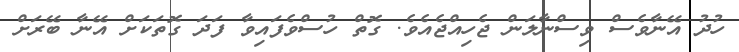
ހުދު އޭނާވެސް ވިސްނާލަން ޖެހިއްޖެއެވެ. ގޮތް ހުސްވެފައިވާ ފަދަ ގޮތަކަށް އޭނާ ބޭރަށް